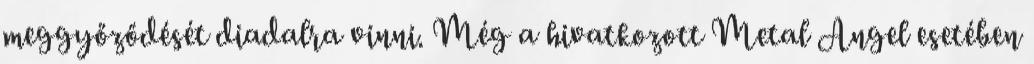
meggyőződését diadalra vinni. Még a hivatkozott Metal Angel esetében